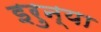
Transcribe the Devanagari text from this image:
इरुन्या